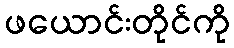
ဖယောင်းတိုင်ကို